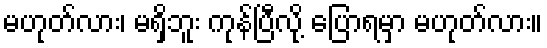
မဟုတ်လား၊ မရှိဘူး ကုန်ပြီလို့ ပြောရမှာ မဟုတ်လား။